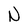
Character: N